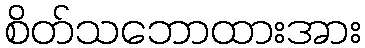
စိတ်သဘောထားအား